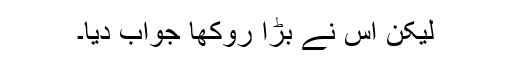
لیکن اس نے بڑا روکھا جواب دیا۔